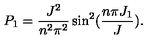
P _ { 1 } = \frac { J ^ { 2 } } { n ^ { 2 } \pi ^ { 2 } } \sin ^ { 2 } ( \frac { n \pi J _ { 1 } } { J } ) .